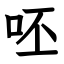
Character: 呸